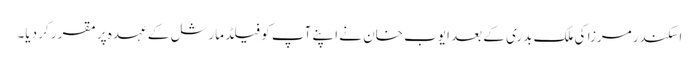
اسکندر مرزا کی ملک بدری کے بعد ایوب خان نے اپنے آپ کو فیلڈ مارشل کے عہدہ پر مقرر کر دیا۔